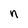
Character: n